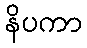
နိပကာ